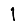
Digit: 1